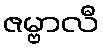
ဇမ္ဗာလီ